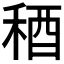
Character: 𥟁